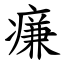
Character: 㾾